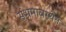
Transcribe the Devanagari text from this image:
संभ्रमावस्थेत